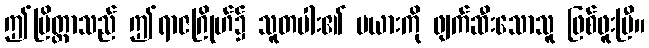
ဤပြိတ္တာသည် ဤရာဇဂြိုဟ်၌ သူတပါး၏ မယားကို ဖျက်ဆီးသောသူ ဖြစ်ဖူးပြီ။